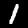
Digit: 1